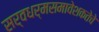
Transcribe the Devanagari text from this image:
सर्वधर्मसमावेशकतेचे